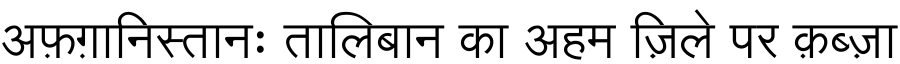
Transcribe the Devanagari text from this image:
अफ़ग़ानिस्तानः तालिबान का अहम ज़िले पर क़ब्ज़ा